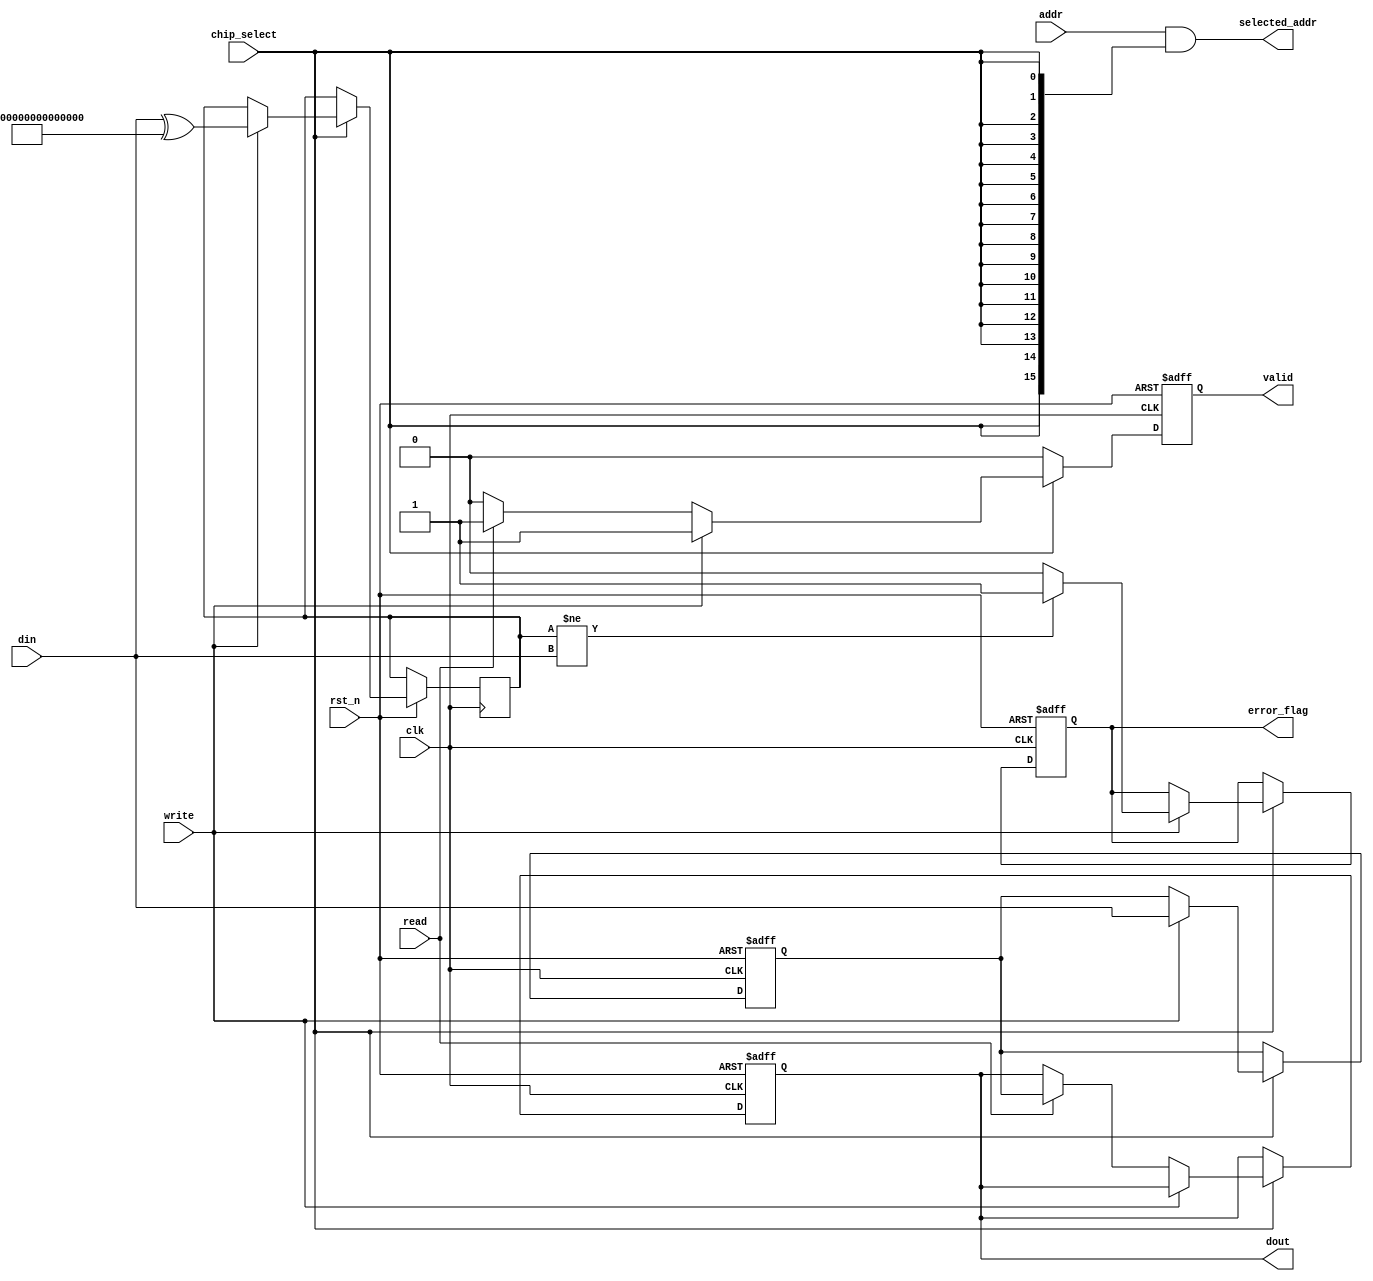
module IO_Block_3D_DRAM (
    input wire clk,                  // System clock
    input wire rst_n,                // Active low reset
    input wire [DATA_WIDTH-1:0] din, // Data input
    input wire [ADDR_WIDTH-1:0] addr, // Address input
    input wire read,                 // Read control signal
    input wire write,                // Write control signal
    input wire chip_select,          // Chip select signal
    output reg [DATA_WIDTH-1:0] dout, // Data output
    output reg valid,                // Data valid signal
    output wire [ADDR_WIDTH-1:0] selected_addr, // Selected address output
    output reg error_flag            // Error flag for ECC
);

parameter DATA_WIDTH = 64; // Example data width
parameter ADDR_WIDTH = 16; // Example address width

// Internal signals
reg [DATA_WIDTH-1:0] data_buffer; // Data buffer for I/O operations
reg [DATA_WIDTH-1:0] ecc_buffer;   // Buffer for ECC
reg [3:0] error_count;              // Error count for ECC

// Address decoding logic (simple example)
assign selected_addr = addr & {ADDR_WIDTH{chip_select}}; // Mask address with chip select

// I/O Buffer Logic
always @(posedge clk or negedge rst_n) begin
    if (!rst_n) begin
        dout <= 0;
        valid <= 0;
        error_flag <= 0;
        data_buffer <= 0;
        error_count <= 0;
    end else begin
        if (chip_select) begin
            if (write) begin
                data_buffer <= din; // Store incoming data
                // ECC calculation (simple parity for example)
                ecc_buffer <= din ^ {DATA_WIDTH{1'b1}}; // Example ECC logic
                error_flag <= (ecc_buffer != din) ? 1 : 0; // Error checking
                valid <= 1; // Indicate valid data
            end else if (read) begin
                dout <= data_buffer; // Output data
                valid <= 1; // Indicate valid data
            end else begin
                valid <= 0; // No valid data if not read/write
            end
        end else begin
            valid <= 0; // No operation if chip is not selected
        end
    end
end

endmodule